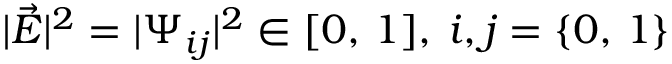
| \vec { E } | ^ { 2 } = | \Psi _ { i j } | ^ { 2 } \in [ 0 , \, 1 ] , \: i , j = \lbrace 0 , \, 1 \rbrace